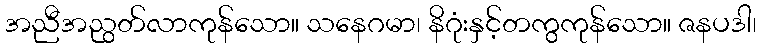
အညီအညွတ်လာကုန်သော။ သနေဂမာ၊ နိဂုံးနှင့်တကွကုန်သော။ ဇနပဒါ၊